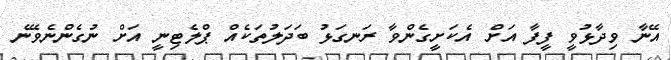
އޭނާ ވިދާޅުވީ ފީފާ އަށް އެކަށީގެންވާ ރަނގަޅު ބަދަލުތަކެއް ޕްލެޓިނީ އަށް ނުގެންނެވޭނެ